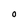
Character: O